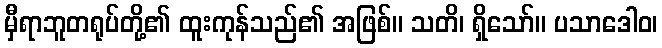
မှီရာဘူတရုပ်တို့၏ ထူးကုန်သည်၏ အဖြစ်။ သတိ၊ ရှိသော်။ ပသာဒေါဝ၊